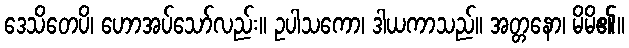
ဒေသိတေပိ၊ ဟောအပ်သော်လည်း။ ဥပါသကော၊ ဒါယကာသည်။ အတ္တနော၊ မိမိ၏။